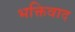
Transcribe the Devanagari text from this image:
भक्तिवाद